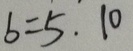
b = 5 . 1 0